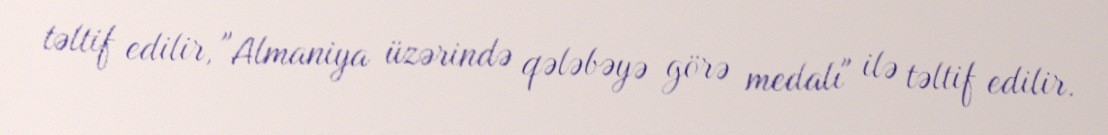
təltif edilir, "Almaniya üzərində qələbəyə görə medalı" ilə təltif edilir.